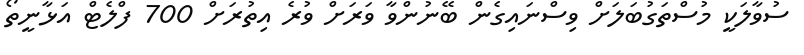
ސުވާލަކީ މުސްތަގުބަލަށް ވިސްނައިގެން ބޭނުންވާ ވަރަށް ވުރެ އިތުރަށް 700 ފްލެޓް އަޅާނީތޯ